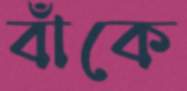
বাঁকে